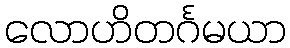
လောဟိတင်္ဂမယာ